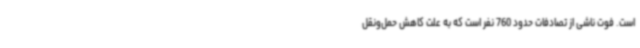
است. فوت ناشی از تصادفات حدود 760 نفر است که به علت کاهش حمل‌ونقل